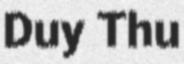
Duy Thu